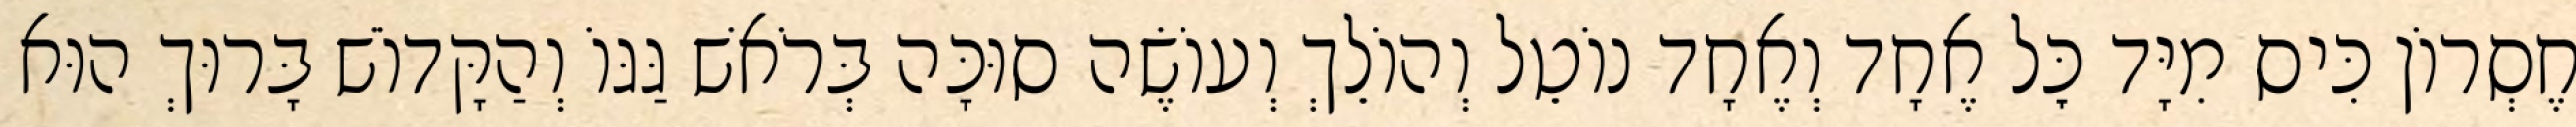
חֶסְרוֹן כִּיס מִיָּד כׇּל אֶחָד וְאֶחָד נוֹטֵל וְהוֹלֵךְ וְעוֹשֶׂה סוּכָּה בְּרֹאשׁ גַּגּוֹ וְהַקָּדוֹשׁ בָּרוּךְ הוּא